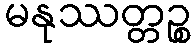
မနုဿတ္တဉ္စ